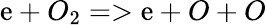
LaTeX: \mathrm{e}+O_{2}=>\mathrm{e}+O+O